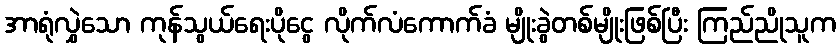
အာရုံလွှဲသော ကုန်သွယ်ရေးပိုငွေ လိုက်လံကောက်ခံ မျိုးခွဲတစ်မျိုးဖြစ်ပြီး ကြည်ညိုသူက